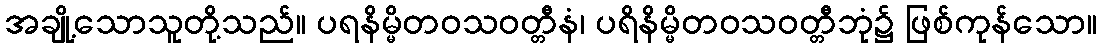
အချို့သောသူတို့သည်။ ပရနိမ္မိတဝသဝတ္တီနံ၊ ပရိနိမ္မိတဝသဝတ္တီဘုံ၌ ဖြစ်ကုန်သော။